Indian journal of veterinary science and animal husbandry - Volumes 22-23, 1952-1953
Year: 1952
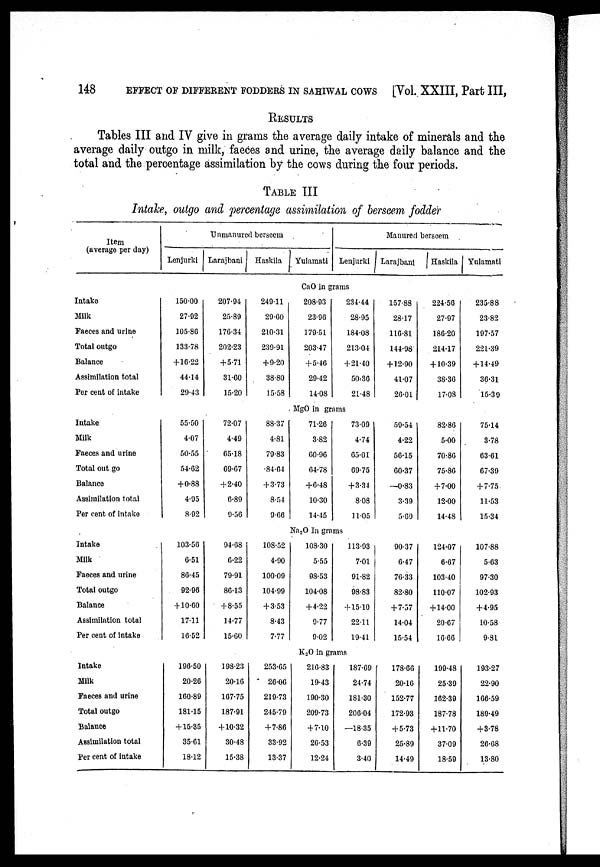
148
EFFECT OF DIFFERENT FODDERS IN SAHIWAL COWS [Vol. XXIII, Part III,
RESULTS
Tables III and IV give in grams the average daily intake of minerals and the
average daily outgo in milk, faeces and urine, the average daily balance and the
total and the percentage assimilation by the cows during the four periods.
TABLE III
Intake, outgo and percentage assimilation of berseem fodder
Item
(average per day)
Intake
Milk
Faeces and urine
Total outgo
3alance
Assimilation total
Per cent of intake
Intake
Milk
Faeces and urine
Total out go
Balance
Assimilation total
Per cent of intake
Intake
Milk
Faeces and urine
Total outgo
Balance
Assimilation total
Per cent of intake
Intake
Milk
Faeces and urine
Total outgo
Balance
Assimilation total
Per cent of intake
Unmanured berseem
Lenjurki
150.00
27.92
105.80
133.78
+16.22
44.14
29.43
55.50
4.07
50.55
54.62
+0.88
4.95
8.92
103.56
6.51
86.45
92.96
+10.00
17.11
16.52
196.50
20.26
160.89
181.15
+15.35
35.61
18.12
Larajbani
207.94
25.89
176.34
202.23
+5.71
31.60
15.20
72.07
4.49
65.18
69.67
+2.40
6.89
9.56
94.68
6.22
79.91
86.13
+8.55
14.77
15.00
198.23
20.16
167.75
187.91
+10.32
30.48
15.38
Haskila
249.11
29.60
210.31
239.91
+9.20
38.80
15.58
88.37
4.81
79.83
84.64
+3.73
8.54
9.66
108.52
4.90
100.09
104.99
+3.53
8.43
7.77
253.65
20.06
219.73
245.79
+7.80
33.92
13.37
Yulamati
Manured berseem
Lenjurki
CaO in grams
208.93
23.96
179.51
203.47
+5.46
29.42
14.08
234.44
28.95
184.08
213.04
+21.40
50.36
21.48
MgO in grams
71.26
3.82
60.96
64.78
+6.48
10.30
14.45
73.09
4.74
65.01
69.75
+3.34
8.08
11.05
Na 2 O In grams
108.30
5.55
98.53
104.08
+4.22
9.77
9.02
113.93
7.01
91.82
98.83
+15.10
22.11
19.41
K 2 O in grams
216.83
19.43
190.30
209.73
+7.10
26.53
12.24
187.69
24.74
181.30
206.04
—18.35
6.39
3.40
Larajbani
157.88
28.17
116.81
144.98
+12.90
41.07
26.01
59.54
4.22
50.15
60.37
—0.83
3.39
5.69
90.37
6.47
76.33
82.80
+7.57
14.04
15.54
178.60
20.16
152.77
172.93
+5.73
25.89
14.49
Haskila
224.56
27.97
186.20
214.17
+10.39
38.36
17.08
82.86
5.00
70.86
75.86
+7.00
12.00
14.48
124.07
6.67
103.40
110.07
+14.00
20.67
16.66
199.48
25.39
162.39
187.78
+11.70
37.09
18.59
Yulamati
235.88
23.82
197.57
221.39
+14.49
30.31
15.39
75.14
3.78
63.61
67.39
+7.75
11.53
15.34
107.88
5.63
97.30
102.93
+4.95
10.58
9.81
193.27
22.90
100.59
189.49
+3.78
20.08
13.80